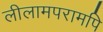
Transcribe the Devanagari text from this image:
लीलामपरामपि